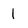
Character: l